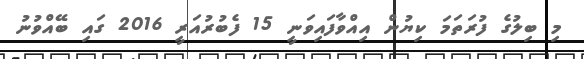
މި ބިލުގެ ފުރަތަމަ ކިޔުން އިއްވާފައިވަނީ 15 ފެބުރުއަރީ 2016 ގައި ބޭއްވުނު